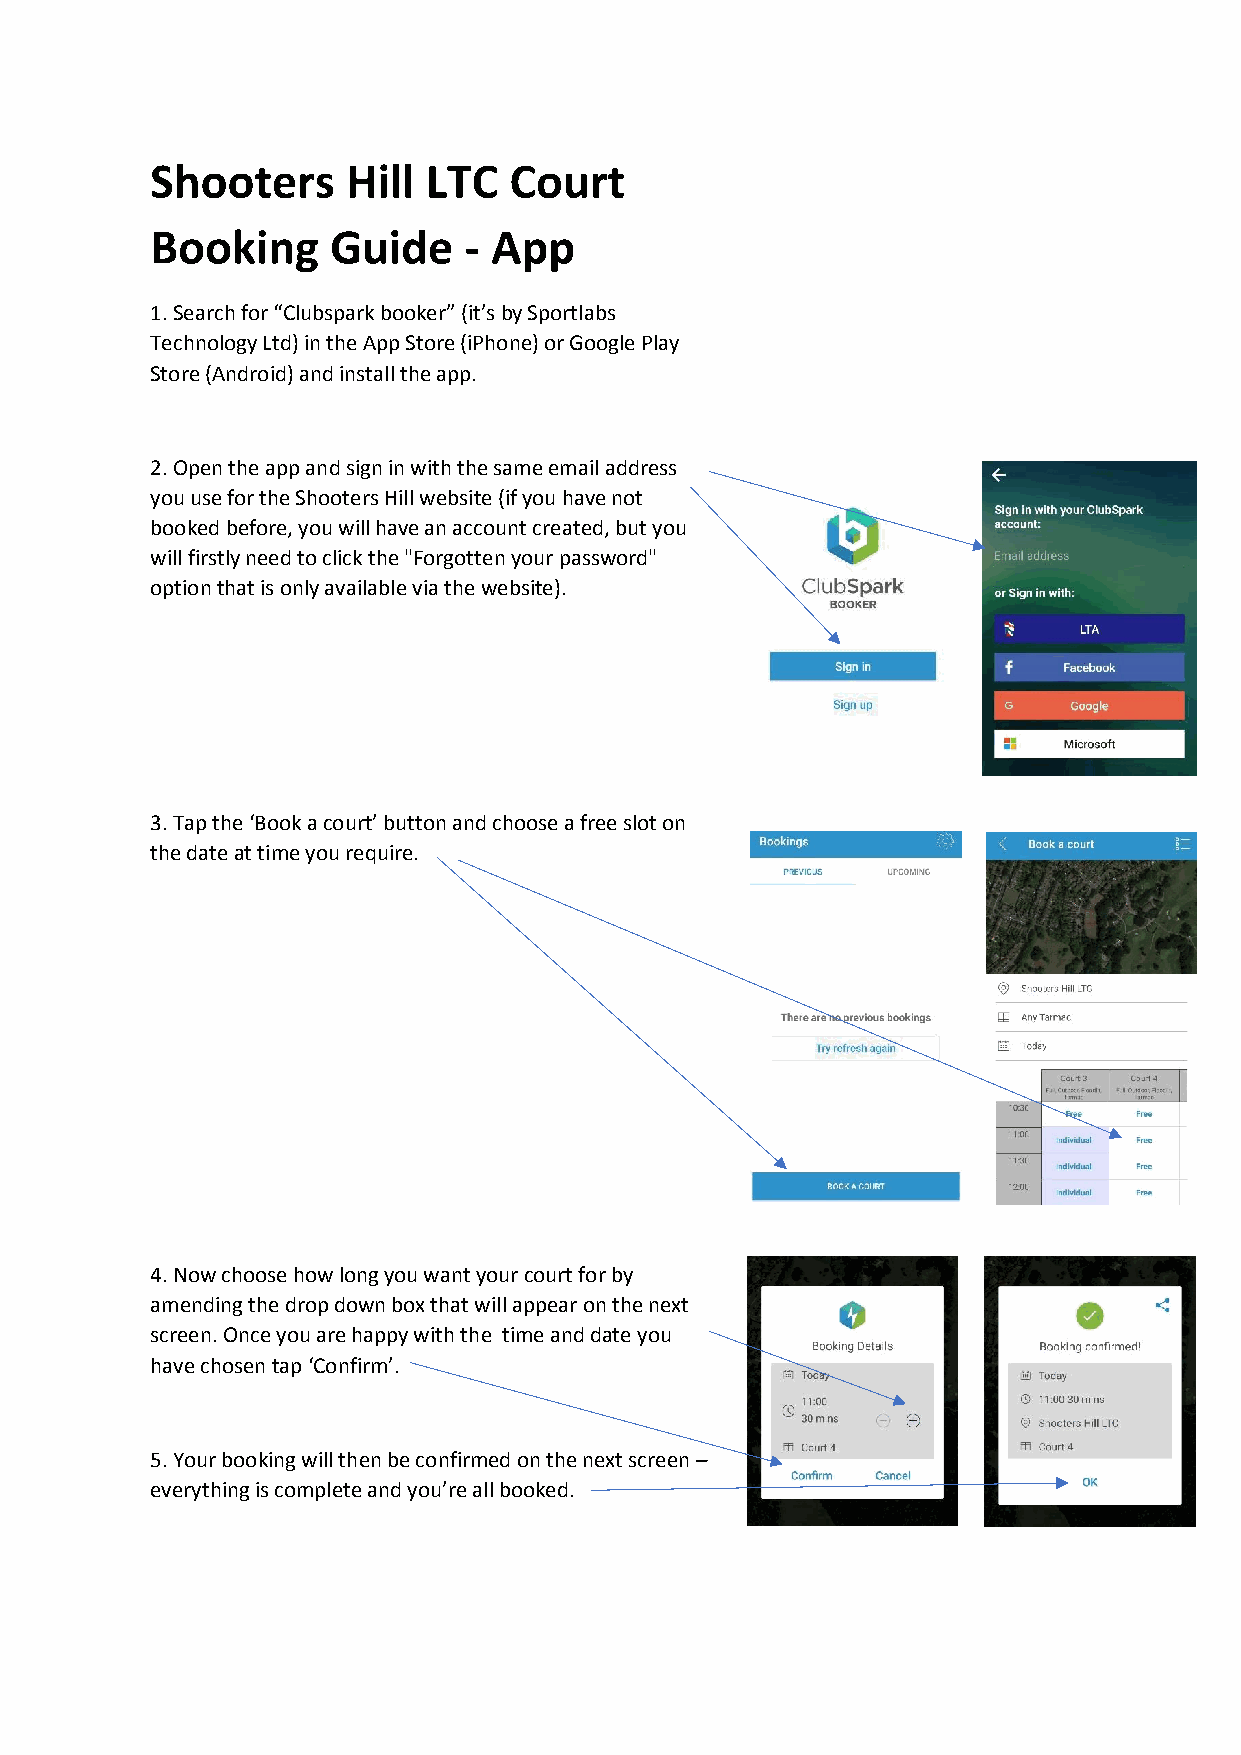
Shooters     Hill LTC   Court
 Booking     Guide    - App
 1. Search for “Clubspark booker” (it’s by Sportlabs
 Technology Ltd) in the App Store (iPhone) or Google Play
 Store (Android) and install the app.
 2. Open the app and sign in with the same email address
 you use for the Shooters Hill website (if you have not
 booked before, you will have an account created, but you
 will firstly need to click the "Forgotten your password"
 option that is only available via the website).
 3. Tap the ‘Book a court’ button and choose a free slot on
 the date at time you require.
 4. Now choose how long you want your court for by
 amending the drop down box that will appear on the next
 screen. Once you are happy with the time and date you
 have chosen tap ‘Confirm’.
 5. Your booking will then be confirmed on the next screen –
 everything is complete and you’re all booked.